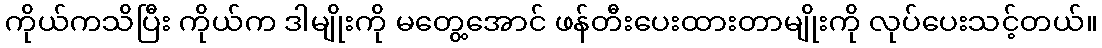
ကိုယ်ကသိပြီး ကိုယ်က ဒါမျိုးကို မတွေ့အောင် ဖန်တီးပေးထားတာမျိုးကို လုပ်ပေးသင့်တယ်။